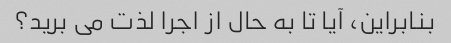
بنابراین، آیا تا به حال از اجرا لذت می برید؟